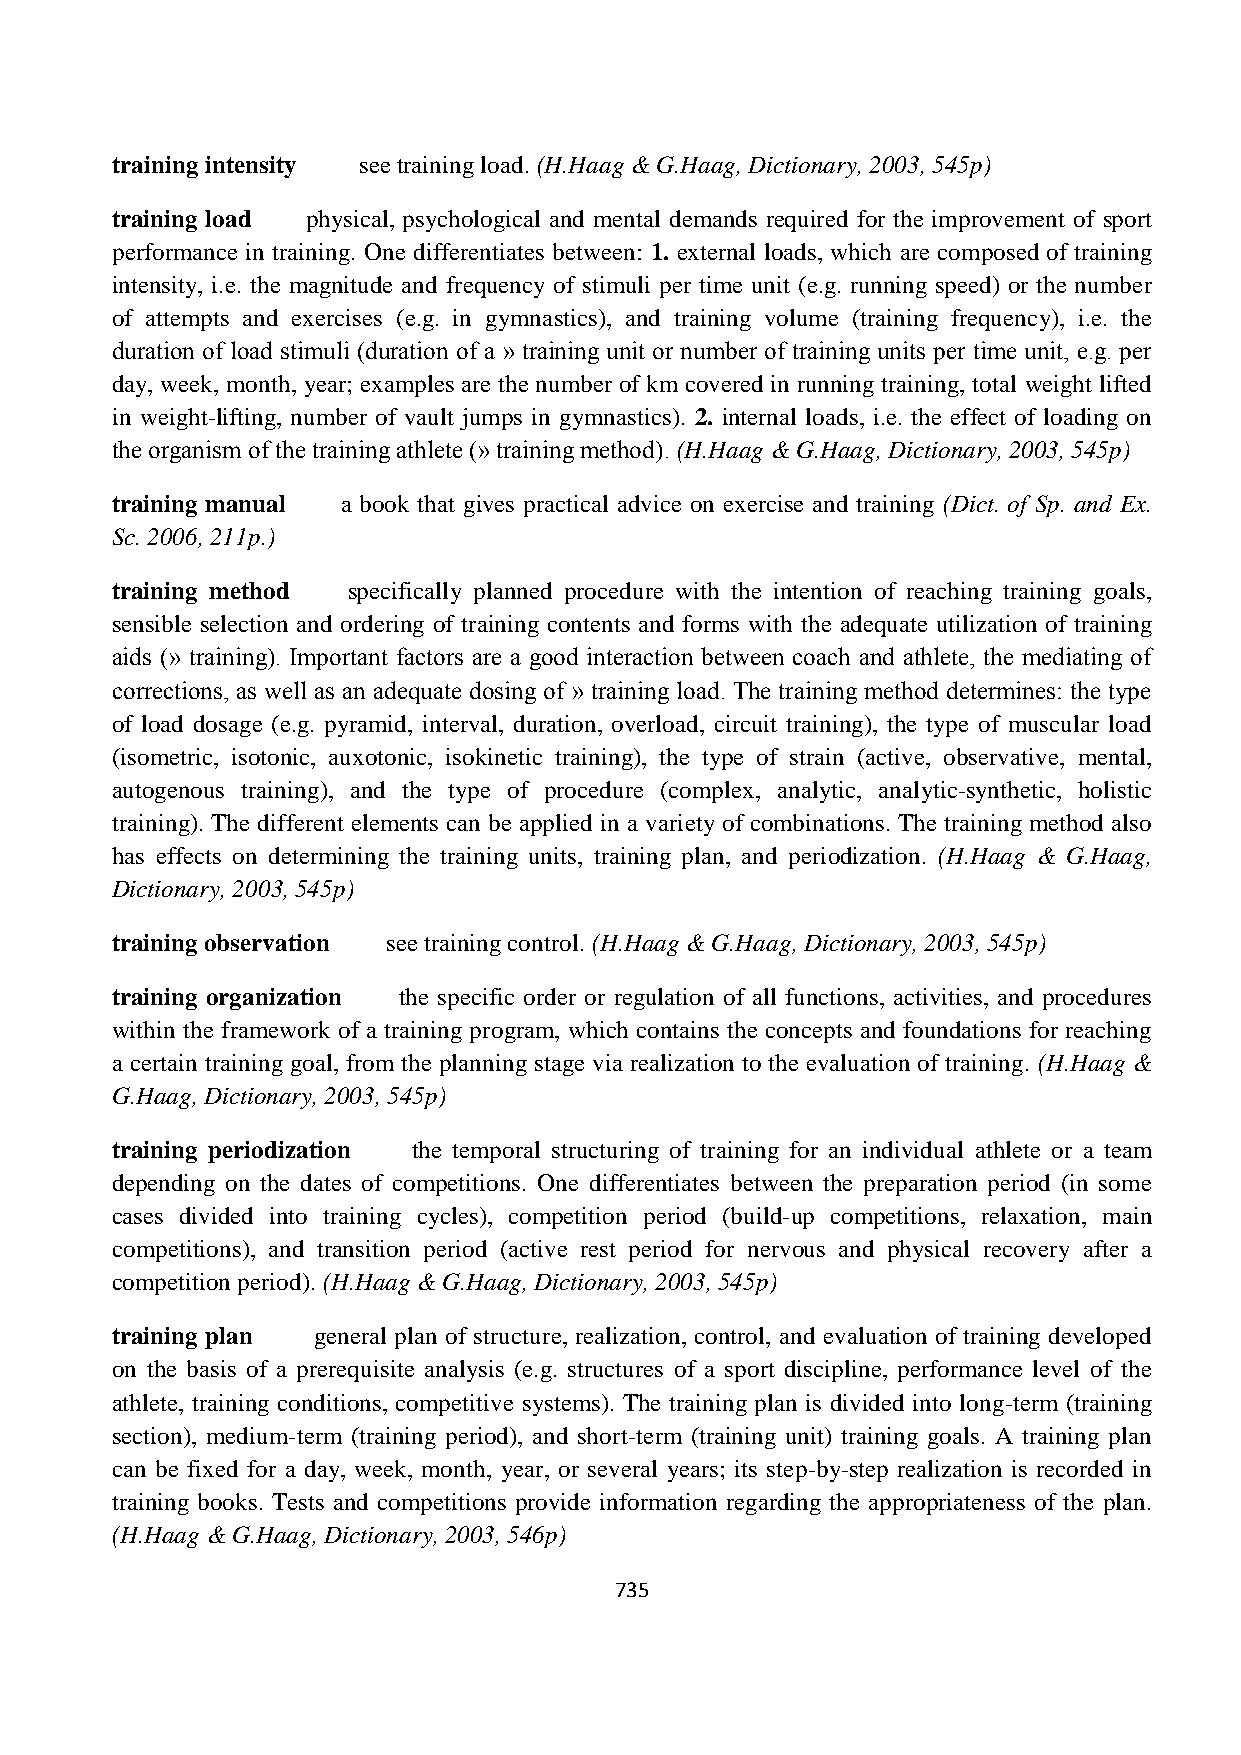
training intensity see training load. (H.Haag & G.Haag, Dictionary, 2003, 545p)
 training load physical, psychological and mental demands required for the improvement of sport
 performance in training. One differentiates between: 1. external loads, which are composed of training
 intensity, i.e. the magnitude and frequency of stimuli per time unit (e.g. running speed) or the number
 of attempts and exercises (e.g. in gymnastics), and training volume (training frequency), i.e. the
 duration of load stimuli (duration of a » training unit or number of training units per time unit, e.g. per
 day, week, month, year; examples are the number of km covered in running training, total weight lifted
 in weight-lifting, number of vault jumps in gymnastics). 2. internal loads, i.e. the effect of loading on
 the organism of the training athlete (» training method). (H.Haag & G.Haag, Dictionary, 2003, 545p)
 training manual a book that gives practical advice on exercise and training (Dict. of Sp. and Ex.
 Sc. 2006, 211p.)
 training method specifically planned procedure with the intention of reaching training goals,
 sensible selection and ordering of training contents and forms with the adequate utilization of training
 aids (» training). Important factors are a good interaction between coach and athlete, the mediating of
 corrections, as well as an adequate dosing of » training load. The training method determines: the type
 of load dosage (e.g. pyramid, interval, duration, overload, circuit training), the type of muscular load
 (isometric, isotonic, auxotonic, isokinetic training), the type of strain (active, observative, mental,
 autogenous training), and the type of procedure (complex, analytic, analytic-synthetic, holistic
 training). The different elements can be applied in a variety of combinations. The training method also
 has effects on determining the training units, training plan, and periodization. (H.Haag & G.Haag,
 Dictionary, 2003, 545p)
 training observation see training control. (H.Haag & G.Haag, Dictionary, 2003, 545p)
 training organization the specific order or regulation of all functions, activities, and procedures
 within the framework of a training program, which contains the concepts and foundations for reaching
 a certain training goal, from the planning stage via realization to the evaluation of training. (H.Haag &
 G.Haag, Dictionary, 2003, 545p)
 training periodization the temporal structuring of training for an individual athlete or a team
 depending on the dates of competitions. One differentiates between the preparation period (in some
 cases divided into training cycles), competition period (build-up competitions, relaxation, main
 competitions), and transition period (active rest period for nervous and physical recovery after a
 competition period). (H.Haag & G.Haag, Dictionary, 2003, 545p)
 training plan general plan of structure, realization, control, and evaluation of training developed
 on the basis of a prerequisite analysis (e.g. structures of a sport discipline, performance level of the
 athlete, training conditions, competitive systems). The training plan is divided into long-term (training
 section), medium-term (training period), and short-term (training unit) training goals. A training plan
 can be fixed for a day, week, month, year, or several years; its step-by-step realization is recorded in
 training books. Tests and competitions provide information regarding the appropriateness of the plan.
 (H.Haag & G.Haag, Dictionary, 2003, 546p)
 735